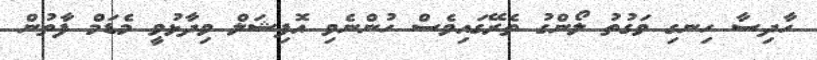
ހާދިސާ ހިނގި ވަގުތު ލޯންގު ތެރޭގައިވެސް ހުންނެވި އޮފިޝަލް ވިދާޅުވީ މެޑަމް ފާތުން